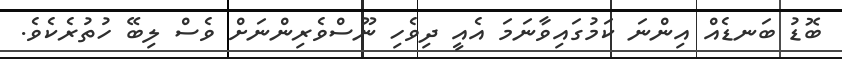
ބޮޑު ބަނޑެއް އިންނަ ކަމުގައިވާނަމަ އެއީ ދިވެހި ނޫސްވެރިންނަށް ވެސް ލިބޭ ހުތުރެކެވެ.